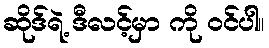
ဆိုဒ်ရဲ့ ဒီလင့်မှာ ကို ဝင်ပါ။